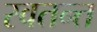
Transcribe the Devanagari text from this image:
स्वतन्त